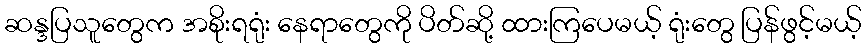
ဆန္ဒပြသူတွေက အစိုးရရုံး နေရာတွေကို ပိတ်ဆို့ ထားကြပေမယ့် ရုံးတွေ ပြန်ဖွင့်မယ့်